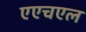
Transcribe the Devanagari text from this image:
एएचएल